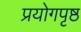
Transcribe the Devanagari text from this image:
प्रयोगपृष्ठ